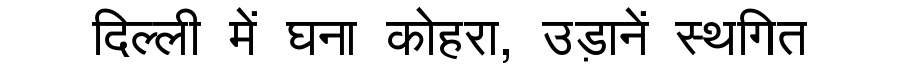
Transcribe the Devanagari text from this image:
दिल्ली में घना कोहरा, उड़ानें स्थगित